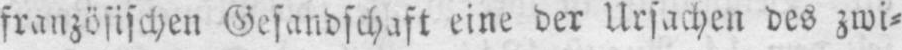
eine der Ursachen des zwi⸗